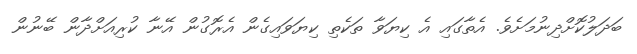
ބަދަލުކޮށްދިނުމަށެވެ. އެތާގައި އެ ކިޔަވާ ތަކެތި ކިޔަވައިގެން އެރޮގުން އޭނާ ކުރިއަށްދާން ބޭނުން